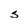
Character: s